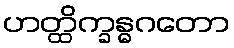
ဟတ္ထိက္ခန္ဓဂတော